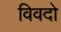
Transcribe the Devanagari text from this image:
विवदो